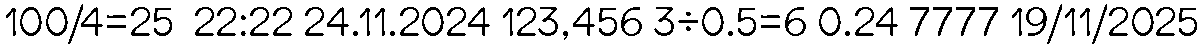
100/4=25  22:22 24.11.2024 123,456 3÷0.5=6 0.24 7777 19/11/2025